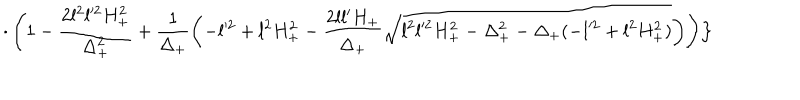
LaTeX: \cdot \left( 1 - \frac { 2 l ^ { 2 } l ^ { 2 } H _ { + } ^ { 2 } } { \Delta _ { + } ^ { 2 } } + \frac { 1 } { \Delta _ { + } } \left( - l ^ { 2 } + l ^ { 2 } H _ { + } ^ { 2 } - \frac { 2 l l ^ { \prime } H _ { + } } { \Delta _ { + } } \sqrt { l ^ { 2 } l ^ { 2 } H _ { + } ^ { 2 } - \Delta _ { + } ^ { 2 } - \Delta _ { + } ( - l ^ { 2 } + l ^ { 2 } H _ { + } ^ { 2 } ) } \right) \right) \Bigr \}